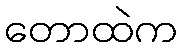
တောထဲက